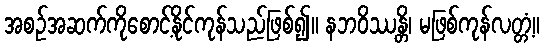
အစဉ်အဆက်ကိုစောင့်နိုင်ကုန်သည်ဖြစ်၍။ နဘဝိဿန္တိ၊ မဖြစ်ကုန်လတ္တံ့။